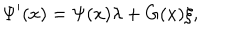
\Psi ^ { \prime } ( x ) = \Psi ( x ) \lambda + G ( x ) \xi ,